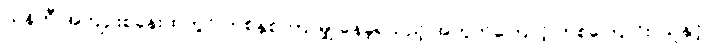
ယန်ကီ အကျဉ်းစခန်းထဲတွင် တစ်နှစ် ကြာမျှ နေခဲ့ရသည့် အတွက်ကြောင့် တစ်ကြောင်း၊ သူနှင့်